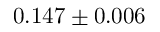
0 . 1 4 7 \pm 0 . 0 0 6